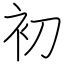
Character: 初